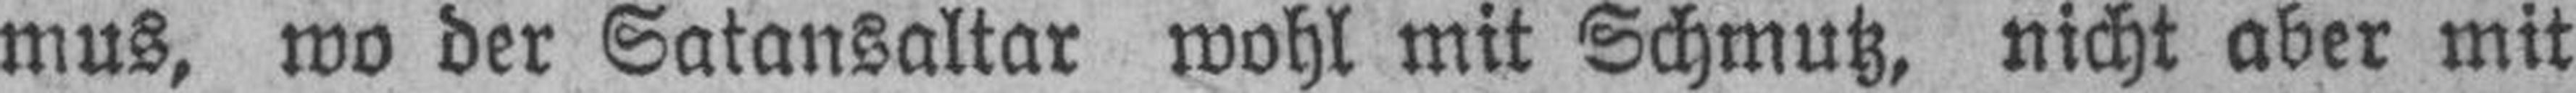
mus, wo der Satansaltar wohl mit Schmutz, nicht aber mit